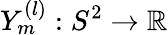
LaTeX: Y_{m}^{(l)}:S^{2}\rightarrow\mathbb{R}